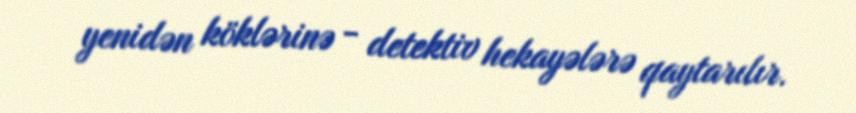
yenidən köklərinə - detektiv hekayələrə qaytarılır.